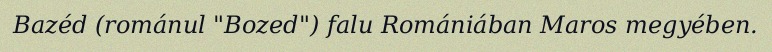
Bazéd (románul "Bozed") falu Romániában Maros megyében.